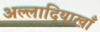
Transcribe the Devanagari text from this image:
अल्लादियाखाँ